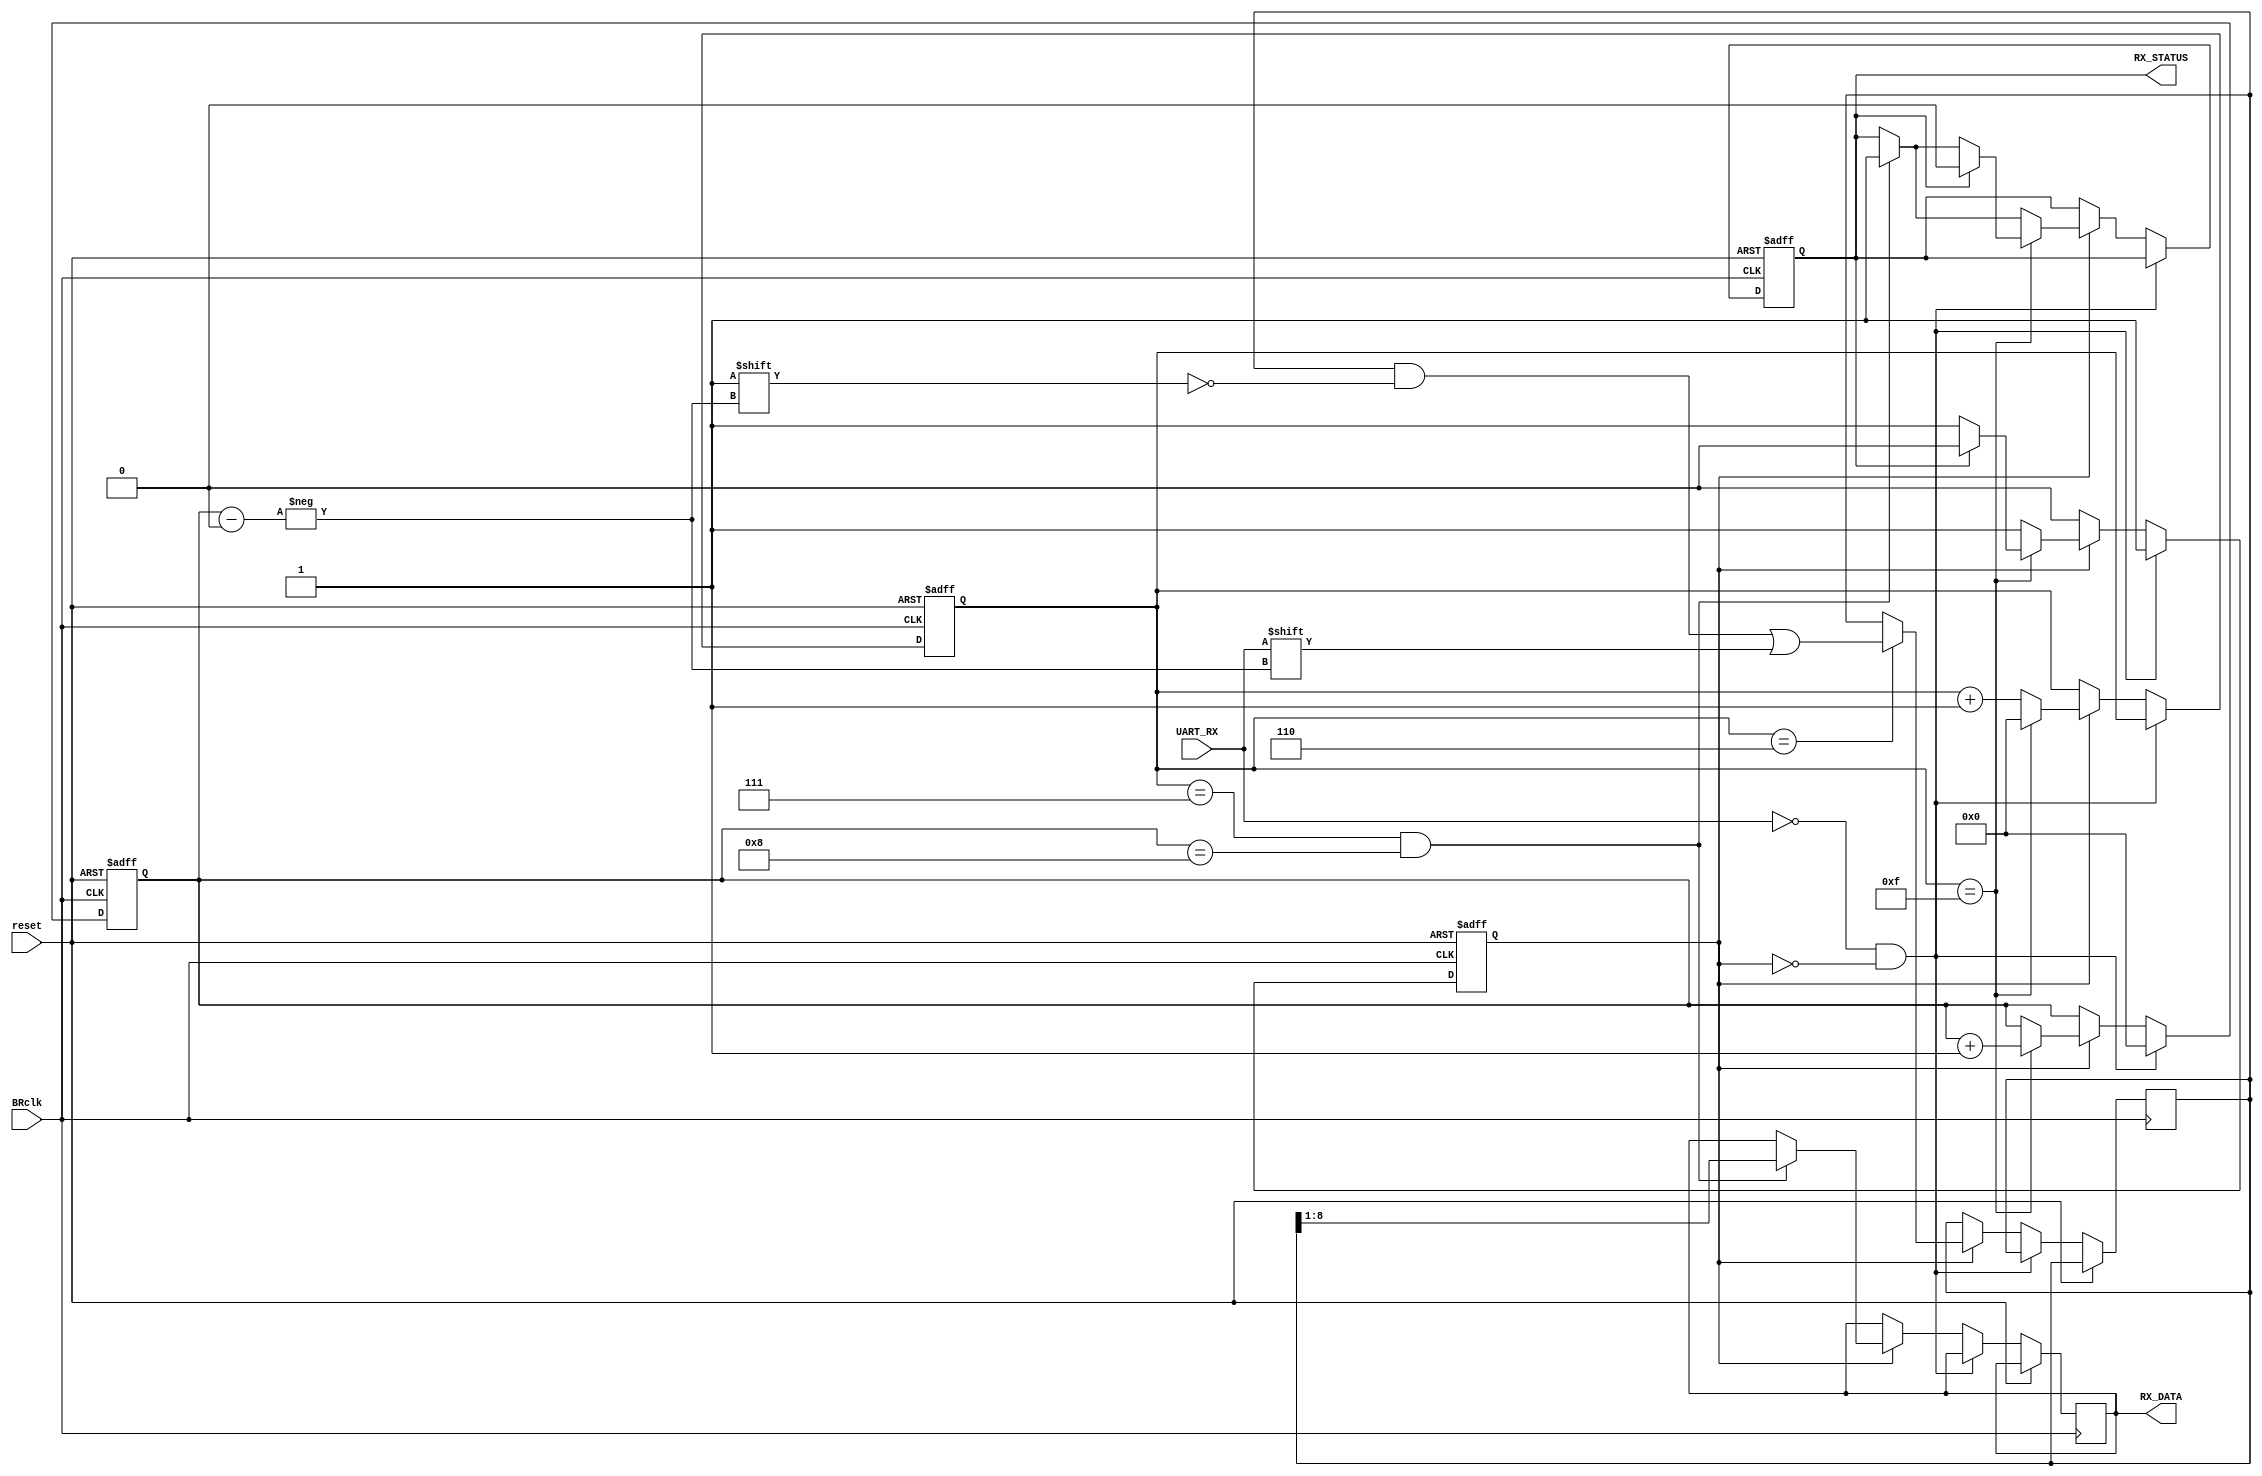
module UARTReceiver_S(reset, BRclk, UART_RX, RX_DATA, RX_STATUS);
input reset;
input BRclk;
input UART_RX;
output [7:0]RX_DATA;
output RX_STATUS;

reg RX_STATUS;
reg [8:0]datatemp;
reg [7:0]RX_DATA;
reg [3:0]count;
reg [3:0]pos;
reg flag;

always @(posedge reset or posedge BRclk)
begin 
	if(reset)
	begin 
		count<=5'b0_0000;
		pos<=4'b0000;
		RX_STATUS<=0;
		flag<=0;
	end
	else
	begin
		if(UART_RX==0&&flag==0)
		begin
			flag<=1;
			pos<=4'b0000;
		end
		else if(flag)
		begin
			count<=count+1;
			if(count==4'b0110)
			begin
				datatemp[pos]<=UART_RX;
			end
			if(count==4'b0111&&pos==4'b1000)
			begin
				RX_STATUS<=1;
				RX_DATA[7:0]<=datatemp[8:1];
			end
			if(count==4'b1111)
			begin
				count<=4'b0000;
				pos<=pos+1;
				if(RX_STATUS)
				begin
					flag<=0;
					RX_STATUS<=0;
				end
			end
		end
	end
end
endmodule